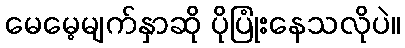
မေမေ့မျက်နှာဆို ပိုပြုံးနေသလိုပဲ။